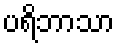
ပရိဘာသာ